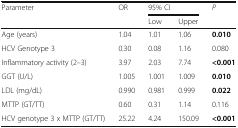
<table><thead><tr><td rowspan="2"><b>Parameter</b></td><td rowspan="2"><b>OR</b></td><td colspan="2"><b>95% CI</b></td><td rowspan="2"><b><i>P</i></b></td></tr><tr><td><b>Low</b></td><td><b>Upper</b></td></tr></thead><tbody><tr><td>Age (years)</td><td>1.04</td><td>1.01</td><td>1.06</td><td><b>0.010</b></td></tr><tr><td>HCV Genotype 3</td><td>0.30</td><td>0.08</td><td>1.16</td><td>0.080</td></tr><tr><td>Inflammatory activity (2–3)</td><td>3.97</td><td>2.03</td><td>7.74</td><td><b>&lt;0.001</b></td></tr><tr><td>GGT (U/L)</td><td>1.005</td><td>1.001</td><td>1.009</td><td><b>0.010</b></td></tr><tr><td>LDL (mg/dL)</td><td>0.990</td><td>0.981</td><td>0.999</td><td><b>0.022</b></td></tr><tr><td>MTTP (GT/TT)</td><td>0.60</td><td>0.31</td><td>1.14</td><td>0.116</td></tr><tr><td>HCV genotype 3 x MTTP (GT/TT)</td><td>25.22</td><td>4.24</td><td>150.09</td><td><b>&lt;0.001</b></td></tr></tbody></table>